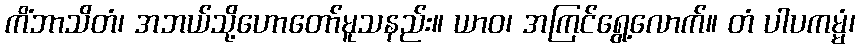
ကိံဘာသိတံ၊ အဘယ်သို့ဟောတော်မူသနည်း။ ယာဝ၊ အကြင်ရွေ့လောက်။ တံ ပါပကမ္မံ၊